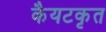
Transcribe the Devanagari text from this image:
कैयटकृत